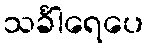
သင်္ခါရေပေ